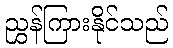
ညွှန်ကြားနိုင်သည်